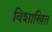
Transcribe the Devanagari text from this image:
विशाखित